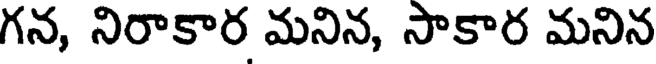
గన, నిరాకార మనిన, సాకార మనిన